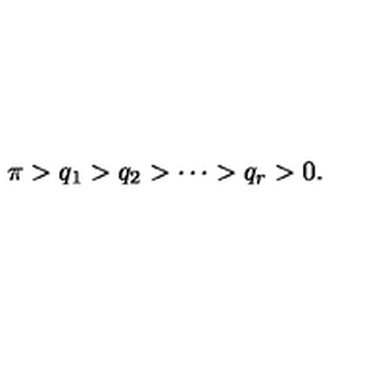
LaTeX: \pi > q _ { 1 } > q _ { 2 } > \cdots > q _ { r } > 0 .